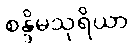
စန္ဒိမသုရိယာ